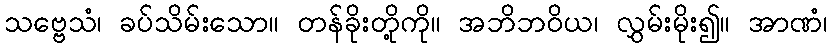
သဗ္ဗေသံ၊ ခပ်သိမ်းသော။ တန်ခိုးတို့ကို။ အဘိဘဝိယ၊ လွှမ်းမိုး၍။ အာဏံ၊